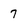
Character: 7